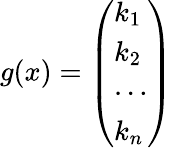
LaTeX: \begin{array}{r}{g(x)=\left(\begin{array}{l}{k_{1}}\\ {k_{2}}\\ {\cdots}\\ {k_{n}}\end{array}\right)}\end{array}